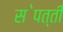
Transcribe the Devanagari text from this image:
स॓पत्ती